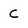
Character: C